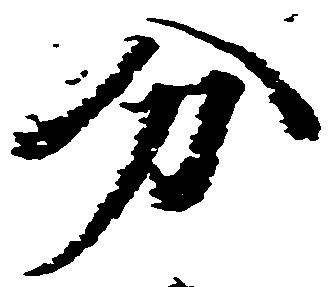
分